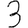
Digit: 3